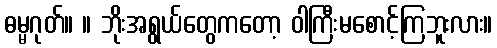
ဓမ္မဂုတ်။ ။ ဘိုးအရွယ်တွေကတော့ ဝါကြီးမစောင့်ကြဘူးလား။